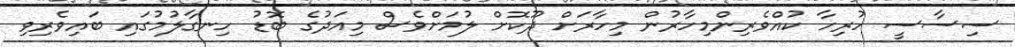
ސިސާސީ ހުރިހާ ކުއްވެރިންމިހާރުން މިހާރަށް ދޫކޮށް ލުމަށްވެސް މިއަދުގެ ބޮޑު ހިނގާލުމުގައި ބައިވެރިވި